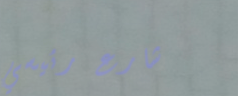
شارع رئيسي